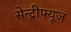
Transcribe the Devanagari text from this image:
सेन्ट्रीफ्यूज